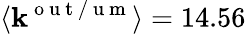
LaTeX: \langle\mathbf{k}^{\mathrm{{~o~u~t~/~u~m~}}}\rangle=14.56